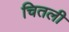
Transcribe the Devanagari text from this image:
चितली